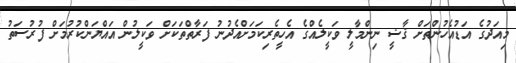
މިއަދުގެ އަޑުއެހުންތަށް ޤާޟީ ނިންމާލީ ވަކީލެއްގެ އެހީތެރިކަމަށްއެދުނު ފަރާތްތަކަށް ވަކީލުން އައްޔަންކުރުމަށް ފުރުސަތު